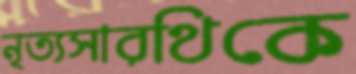
নৃত্যসারথিকে